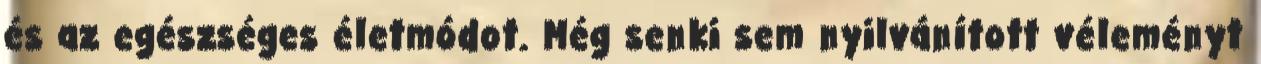
és az egészséges életmódot. Még senki sem nyilvánított véleményt